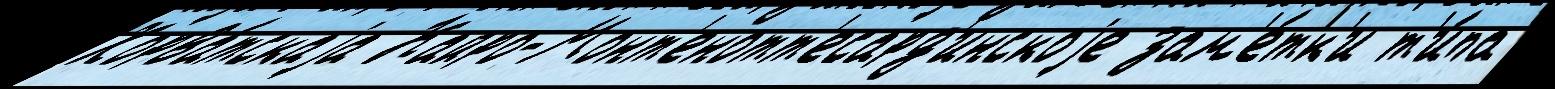
Хорва́тскаjа Кайро-Монт'енотт'есард'инскоjе зам'е́тк'и т'и́па